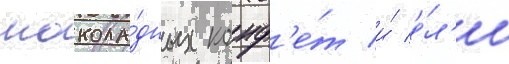
шокола́дных конф'е́т и́ е́л'и